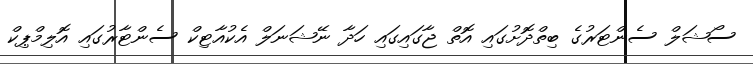
ސޯޝަލް ސެންޓަރުގެ ބިތްދޮށުގައި އޮތް ޖާގައިގައި ހަދާ ނޭޝަނަލް އެކުއާޓިކް ސެންޓާރުގައި އޮލިމްޕިކް